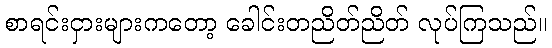
စာရင်းငှားများကတော့ ခေါင်းတညိတ်ညိတ် လုပ်ကြသည်။